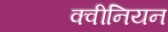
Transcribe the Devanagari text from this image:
क्वीनियन